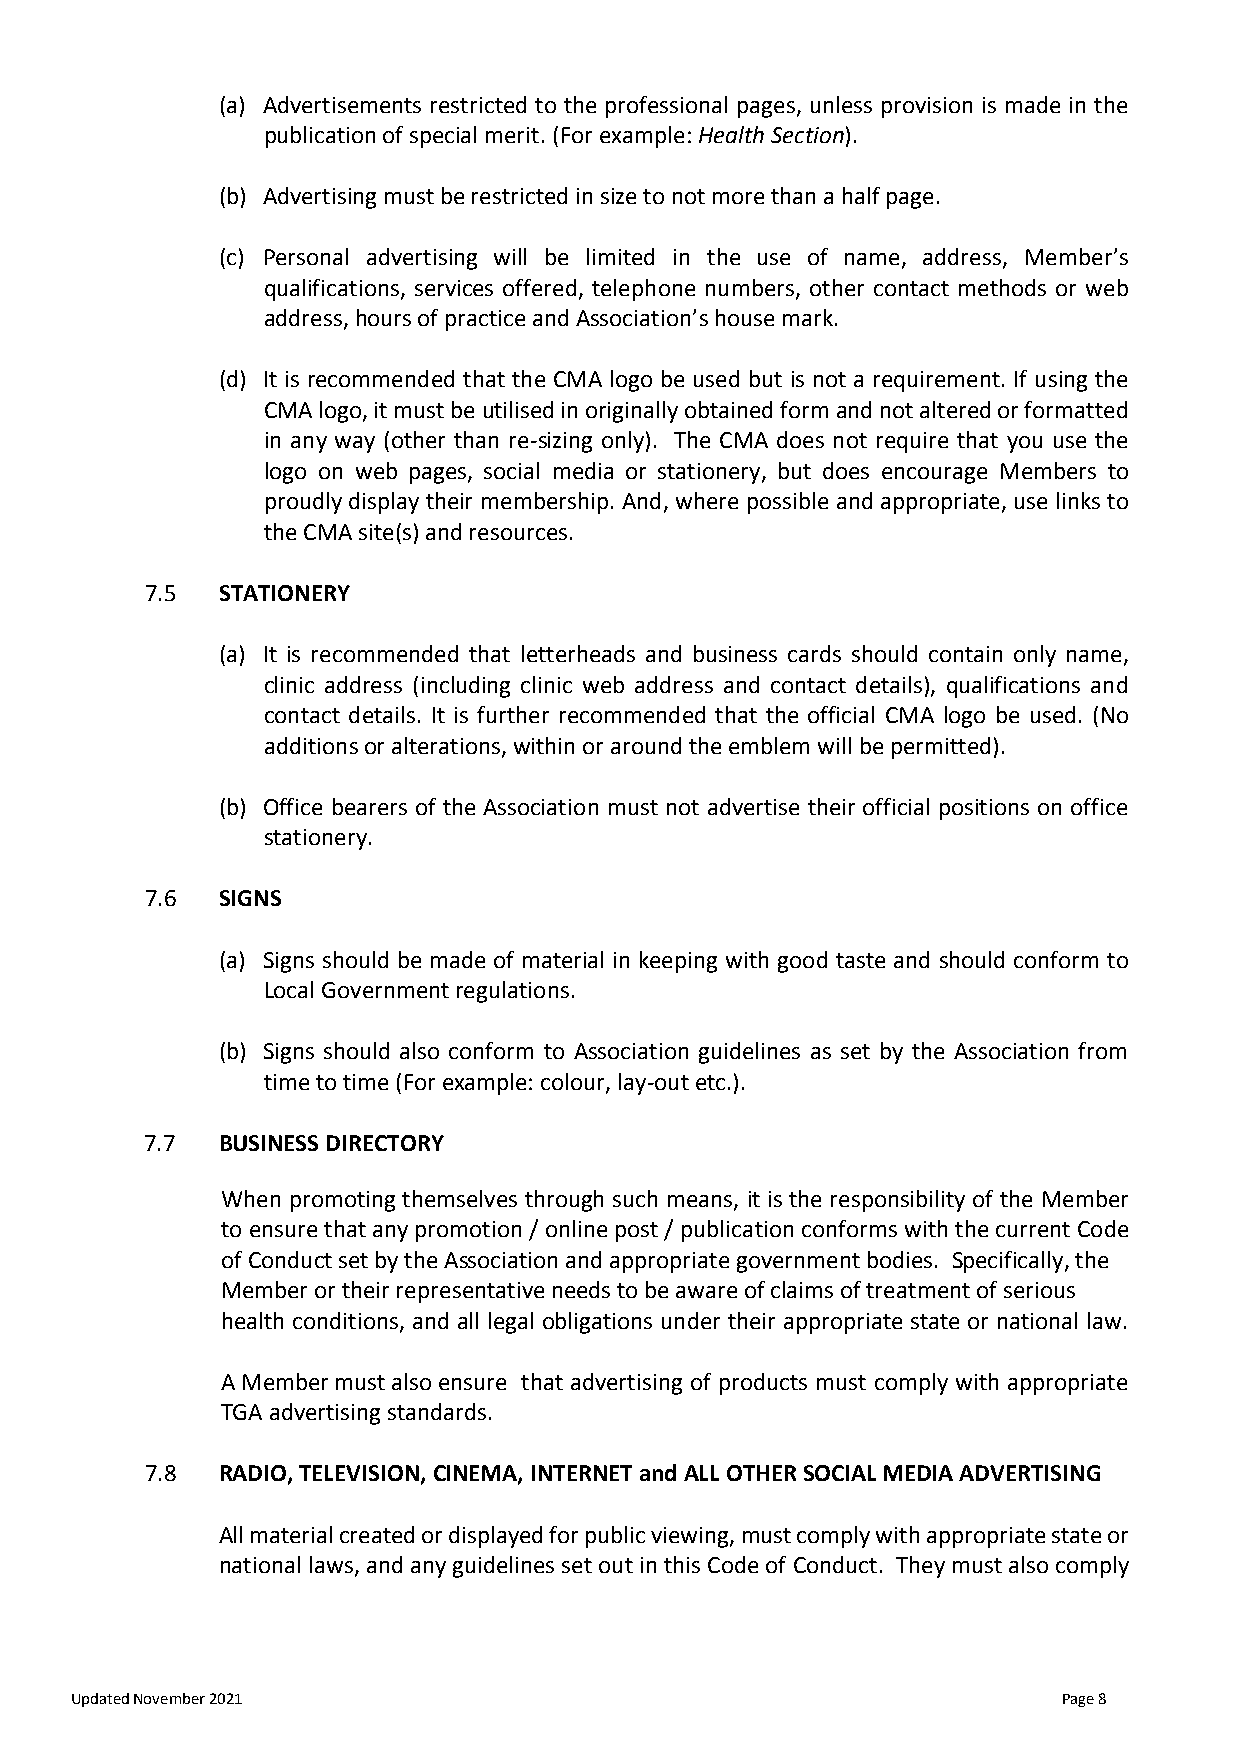
(a) Advertisements restricted to the professional pages, unless provision is made in the
 publication of special merit. (For example: Health Section).
 (b) Advertising must be restricted in size to not more than a half page.
 (c) Personal advertising will be limited in the use of name, address, Member’s
 qualifications, services offered, telephone numbers, other contact methods or web
 address, hours of practice and Association’s house mark.
 (d) It is recommended that the CMA logo be used but is not a requirement. If using the
 CMA logo, it must be utilised in originally obtained form and not altered or formatted
 in any way (other than re-sizing only). The CMA does not require that you use the
 logo on web pages, social media or stationery, but does encourage Members to
 proudly display their membership. And, where possible and appropriate, use links to
 the CMA site(s) and resources.
 7.5 STATIONERY
 (a) It is recommended that letterheads and business cards should contain only name,
 clinic address (including clinic web address and contact details), qualifications and
 contact details. It is further recommended that the official CMA logo be used. (No
 additions or alterations, within or around the emblem will be permitted).
 (b) Office bearers of the Association must not advertise their official positions on office
 stationery.
 7.6 SIGNS
 (a) Signs should be made of material in keeping with good taste and should conform to
 Local Government regulations.
 (b) Signs should also conform to Association guidelines as set by the Association from
 time to time (For example: colour, lay-out etc.).
 7.7 BUSINESS DIRECTORY
 When promoting themselves through such means, it is the responsibility of the Member
 to ensure that any promotion / online post / publication conforms with the current Code
 of Conduct set by the Association and appropriate government bodies. Specifically, the
 Member or their representative needs to be aware of claims of treatment of serious
 health conditions, and all legal obligations under their appropriate state or national law.
 A Member must also ensure that advertising of products must comply with appropriate
 TGA advertising standards.
 7.8 RADIO, TELEVISION, CINEMA, INTERNET and ALL OTHER SOCIAL MEDIA ADVERTISING
 All material created or displayed for public viewing, must comply with appropriate state or
 national laws, and any guidelines set out in this Code of Conduct. They must also comply
 Updated November 2021                                            Page 8